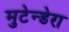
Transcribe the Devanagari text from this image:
मुटेन्डेरा